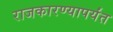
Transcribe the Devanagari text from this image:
राजकारण्यापर्यंत